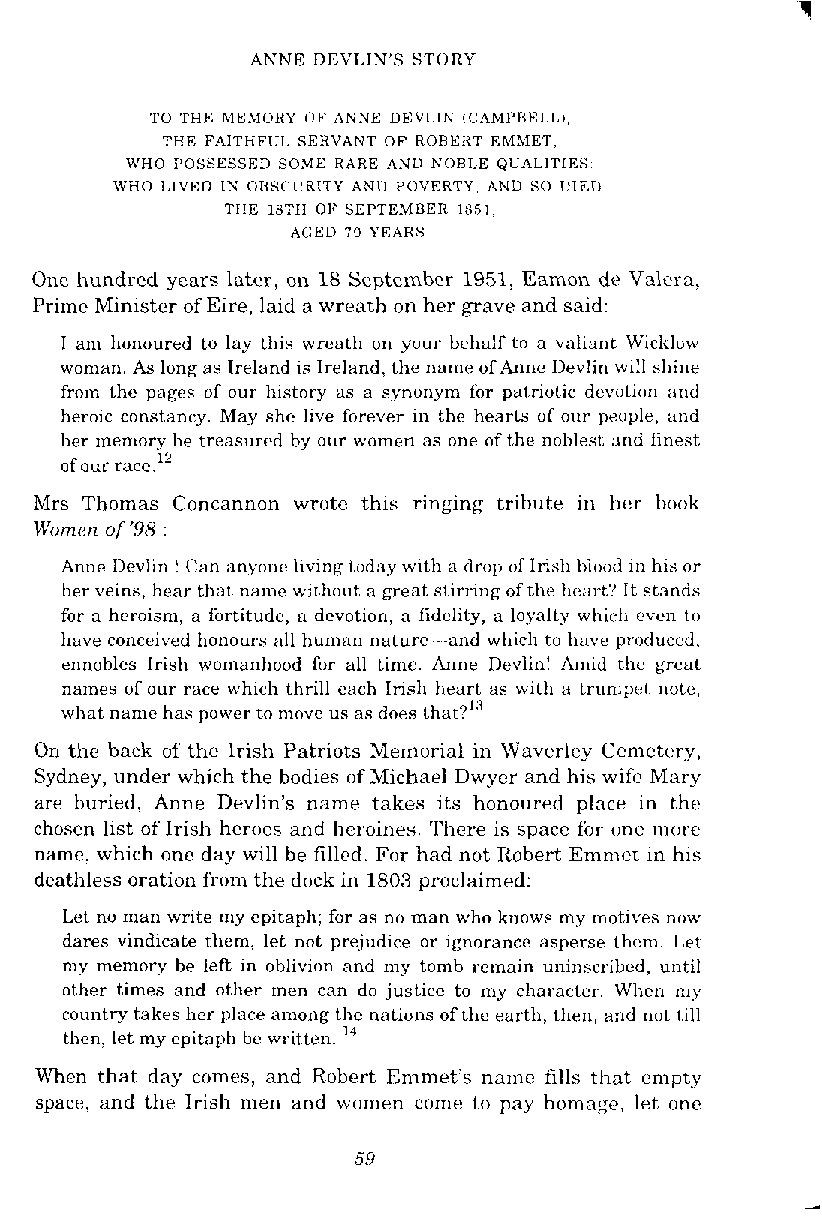
ANNE DEVLIN'S STORY
 TO THE MEMORY [IF ANNE DEVLIN ICAMI'BELI.).
 THE FAITHFUL SERVANT OF R0RL:KT EMMET,
 WHO POSSESSED SOME RARE AND NOBLE QUALITIES
 WHO LIVED IK OBSCllRlTY ANU POVERTY. ANU SO IllEU
 THE 18TII OF SEPTEMBER 1851,
 AGED 70 YEARS
 Onc hundred years later, on 18 Septcmbcr 1951, Eamon de Valcra,
 Prime Minister of Eire, laid a wreath on her grave and said:
 I am honoured to lay this wreath on yuur bchalf Lo a valiant Wicklow
 woman. As long as Ireland is Ireland, the name of Annc Ilevlin will shine
 from the pages of our history as a synonym for patriotic devotion ;ind
 heroic constancy. May she live forever in the hearts of our people, and
 her memory he treasured by our women as one of the noblest and finest
 of our race.'"
 Mrs Thomas Concannon wrotc t h ~ sri nging trlbute in her book
 IVomen of '98
 Anne 1)evlin ! (:an an\junc living tudny with a drop ollrish blood in his or
 her veins, hear that name witlwut a great stirring of the heart'? It stands
 for a heroism, a fortitude, n devotion, a fidelity, a loyalty which even to
 have conceived honours all human nature-and which to have produced.
 ennobles Irish womanhood fix all time Anne Devlin! Amid the &Teat
 names of our race which thrill each Irish heart as with a trumpet note,
 what nanlc has power to move us as does that?''
 On the back of the Irish Patriots Memurial in Waverlcy Cemetery,
 Sydney, under which the bodies of Michael Dwycr and his wife Mary
 are buried, Anne Devlin's name takes its honoured place in thrx
 chosen list of Irish heroes and heroines. There is spacc for m e more
 name, which one day will be filled. For had not Robert Emn~citn his
 deathless oration from the dock in 1803 proclaimed:
 Let na man write my epitaph; for as no man who knows my motives now
 dares vindicate them, let not prejudice or ignorance asperse Lhcm. 1.d.
 my memory be left in oblivion and my tomb remain uninscrihcd, until
 other times and other men can do justice to my character. Wlien my
 country takes her place among the nations of the earth, tlle~a~n,d not till
 then, let my epitaph bc written. 14
 Whcn that day comes, and Robert Emmet's narnc3 fills that empty
 space, and the Ir~shm en and women come to pay homage, let one